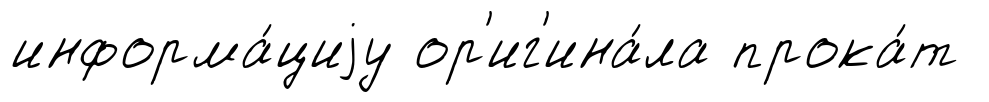
информа́циjу ор'иг'ина́ла прока́т